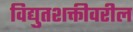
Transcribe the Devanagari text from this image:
विद्युतशक्तीवरील